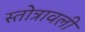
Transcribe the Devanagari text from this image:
स्तोत्रावली